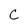
Character: C